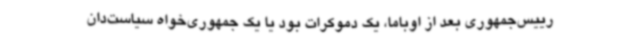
رییس‌جمهوری بعد از اوباما، یک دموکرات بود یا یک جمهوری‌خواه سیاست‌دان